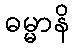
ဓမ္မာနိ